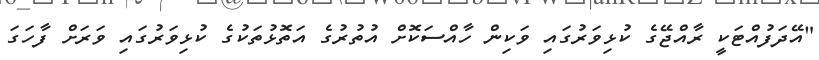
"އޭދަފުއްޓަކީ ރާއްޖޭގެ ކުޅިވަރުގައި ވަކިން ހާއްސަކޮށް އުތުރުގެ އަތޮޅުތަކުގެ ކުޅިވަރުގައި ވަރަށް ފާހަގަ